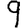
Digit: 9